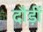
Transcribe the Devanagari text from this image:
दौड़ीं